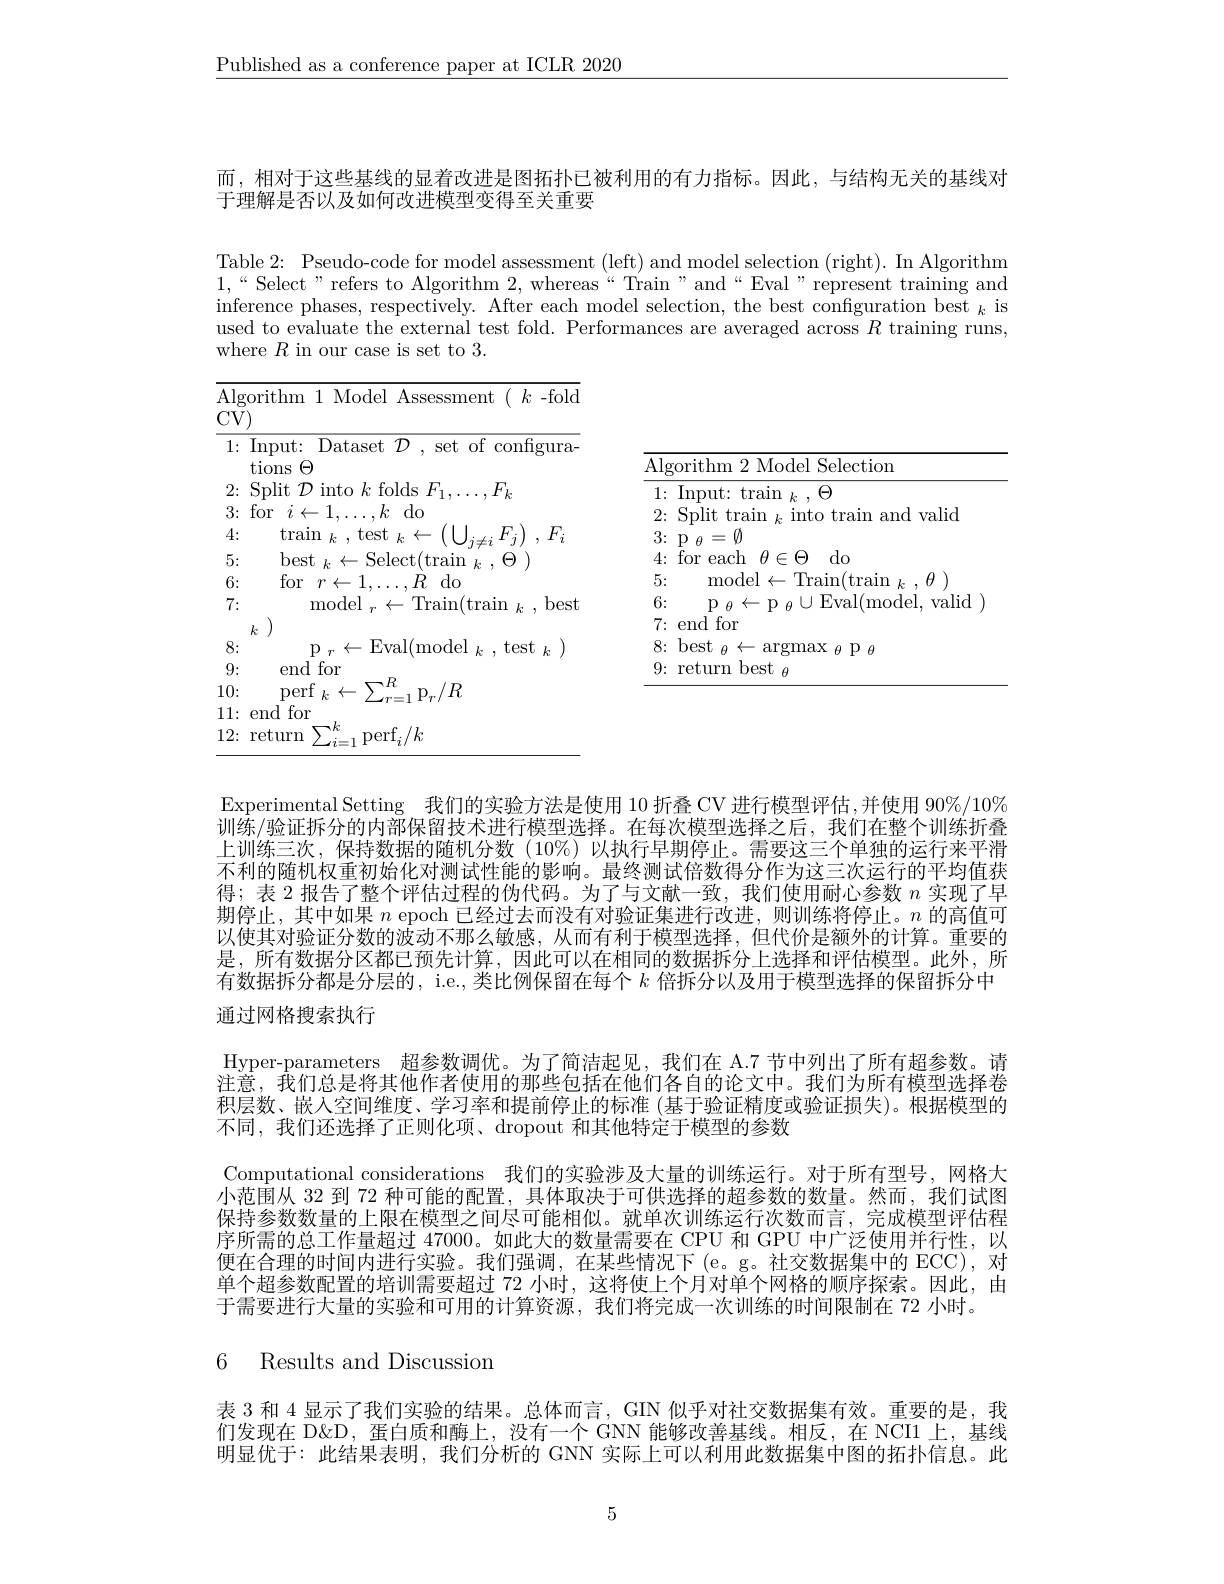
$\underline{\text{Published as a conference paper at ICLR 2020}}$

而，相对于这些基线的显着改进是图拓扑已被利用的有力指标。因此，与结构无关的基线对
于理解是否以及如何改进模型变得至关重要

Table 2: Pseudo-code for model assessment (left) and model selection (right). In Algorithm $1,“$Select" refers to Algorithm 2,whereas“Train”and“Eval”represent training and inference phases, respectively. After each model selection, the best configuration best $_k$ is used to evaluate the external test fold. Performances are averaged across $R$ training runs, where $R$ in our case is set to 3.

<table>
	<tbody>
		<tr>
			<td> </td>
		</tr>
		<tr>
			<td>Algorithm 2 Model Selection</td>
		</tr>
		<tr>
			<td>$4\nobreak {: } $ for each $\theta\in\Theta$ do</td>
		</tr>
		<tr>
			<td>5: model $\leftarrow$Train(train , $\theta$</td>
		</tr>
		<tr>
			<td>6: $\mathbf{p}$ $\mathrm{F}_{i}$Wall model. valid</td>
		</tr>
		<tr>
			<td>$7\colon$end $\textbf{l for}$</td>
		</tr>
		<tr>
			<td>$8\colon$best $\textbf{p}_{\theta}$ $\hat{\mu}$ $\|H_{1}X$ $\mu$ </td>
		</tr>
		<tr>
			<td>$9\colon$return best $\theta$</td>
		</tr>
		<tr>
			<td> </td>
		</tr>
		<tr>
			<td> </td>
		</tr>
		<tr>
			<td> </td>
		</tr>
	</tbody>
</table>

Experimental Setting 我们的实验方法是使用 10 折叠 CV 进行模型评估，并使用 90%/10% 训练/验证拆分的内部保留技术进行模型选择。在每次模型选择之后，我们在整个训练折叠上训练三次，保持数据的随机分数(10%)以执行早期停止。需要这三个单独的运行来平滑不利的随机权重初始化对测试性能的影响。最终测试倍数得分作为这三次运行的平均值获得；表 2 报告了整个评估过程的伪代码。为了与文献一致，我们使用耐心参数$n$实现了早期停止，其中如果$n$ epoch 已经过去而没有对验证集进行改进，则训练将停止。$n$的高值可以使其对验证分数的波动不那么敏感，从而有利于模型选择，但代价是额外的计算。重要的是，所有数据分区都已预先计算，因此可以在相同的数据拆分上选择和评估模型。此外，所有数据拆分都是分层的，i.e., 类比例保留在每个$k$倍拆分以及用于模型选择的保留拆分中通过网格搜索执行

Hyper-parameters 超参数调优。为了简洁起见，我们在 A.7 节中列出了所有超参数。请注意，我们总是将其他作者使用的那些包括在他们各自的论文中。我们为所有模型选择卷积层数、嵌人空间维度、学习率和提前停止的标准 (基于验证精度或验证损失)。根据模型的不同，我们还选择了正则化项、dropout 和其他特定于模型的参数
Computational considerations 我们的实验涉及大量的训练运行。对于所有型号，网格大小范围从 32 到 72 种可能的配置，具体取决于可供选择的超参数的数量。然而，我们试图保持参数数量的上限在模型之间尽可能相似。就单次训练运行次数而言，完成模型评估程序所需的总工作量超过 47000。如此大的数量需要在 CPU 和 GPU 中广泛使用并行性，以便在合理的时间内进行实验。我们强调，在某些情况下(e。g。社交数据集中的 ECC),对单个超参数配置的培训需要超过 72 小时，这将使上个月对单个网格的顺序探索。因此，由于需要进行大量的实验和可用的计算资源，我们将完成一次训练的时间限制在 72 小时。

6 Results and Discussion

表 3 和 4 显示了我们实验的结果。总体而言，GIN 似乎对社交数据集有效。重要的是，我

们发现在 D&D, 蛋白质和酶上，没有一个 GNN 能够改善基线。相反，在 NCI1 上，基线

明显优于：此结果表明，我们分析的 GNN 实际上可以利用此数据集中图的拓扑信息。此

5